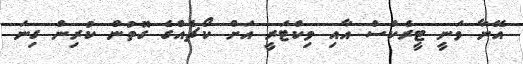
އޭނާ ވަނީ ޓީރެކްސް އާއި ވިކްޓަރީ އަށް ކޯޗެއްގެ ގޮތުން ކުރިން ގިނަ